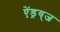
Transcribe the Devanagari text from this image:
ऐंड्रय्‌ज